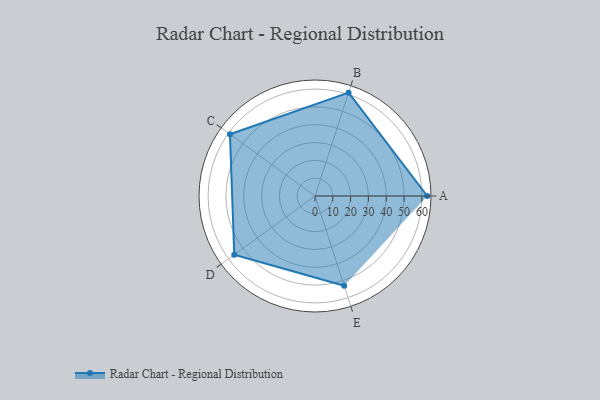
{"axis": {"x": "Skill", "y": "Score"}, "legend": ["Profile"], "data": [{"x": "A", "y": 63.0, "type": "Profile"}, {"x": "B", "y": 61.0, "type": "Profile"}, {"x": "C", "y": 59.0, "type": "Profile"}, {"x": "D", "y": 56.0, "type": "Profile"}, {"x": "E", "y": 53.0, "type": "Profile"}]}